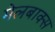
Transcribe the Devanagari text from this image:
मेलबाक्स